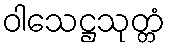
ဝါသေဋ္ဌသုတ္တံ